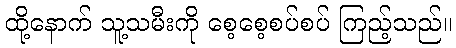
ထို့နောက် သူ့သမီးကို စေ့စေ့စပ်စပ် ကြည့်သည်။